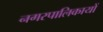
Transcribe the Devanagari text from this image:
नगरपालिकायों